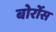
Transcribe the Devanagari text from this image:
बोर्रोस